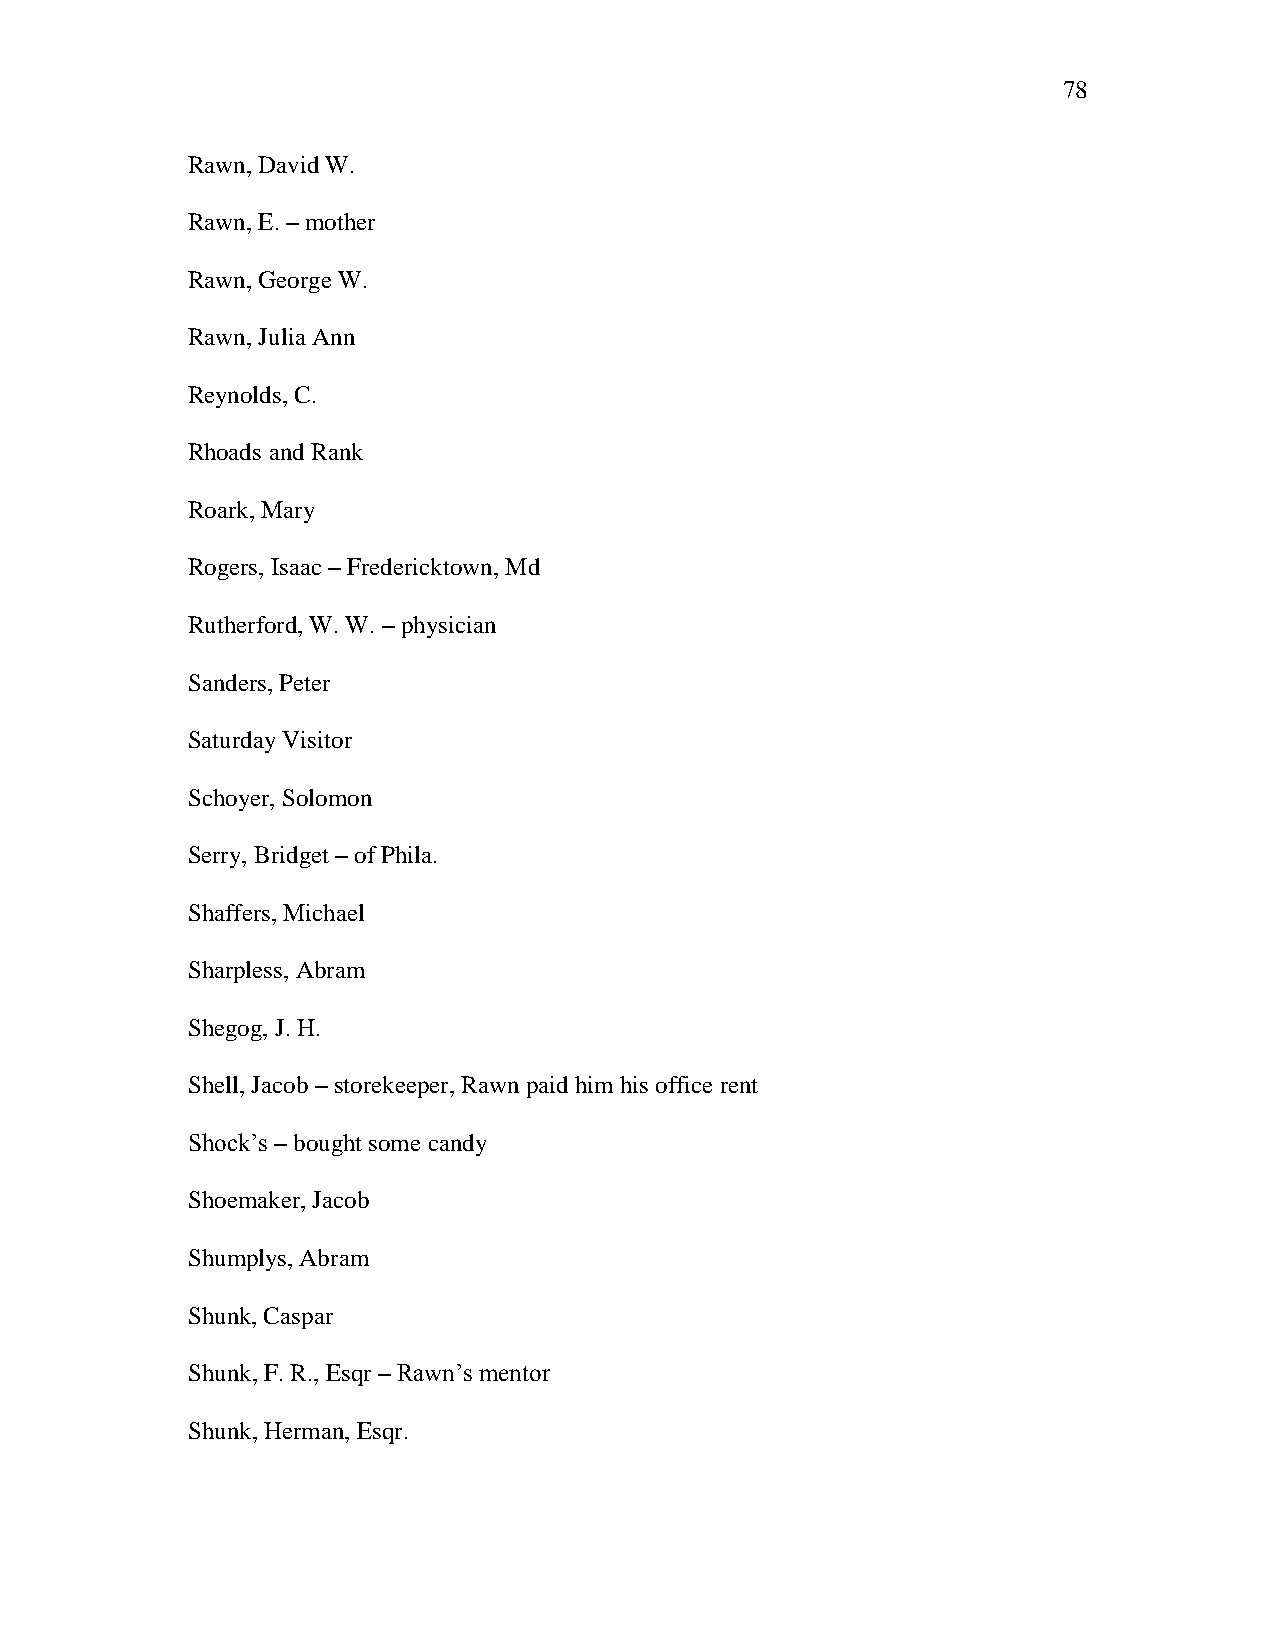
78
 Rawn, David W.
 Rawn, E. – mother
 Rawn, George W.
 Rawn, Julia Ann
 Reynolds, C.
 Rhoads and Rank
 Roark, Mary
 Rogers, Isaac – Fredericktown, Md
 Rutherford, W. W. – physician
 Sanders, Peter
 Saturday Visitor
 Schoyer, Solomon
 Serry, Bridget – of Phila.
 Shaffers, Michael
 Sharpless, Abram
 Shegog, J. H.
 Shell, Jacob – storekeeper, Rawn paid him his office rent
 Shock‘s – bought some candy
 Shoemaker, Jacob
 Shumplys, Abram
 Shunk, Caspar
 Shunk, F. R., Esqr – Rawn‘s mentor
 Shunk, Herman, Esqr.